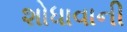
શોધાવાની